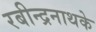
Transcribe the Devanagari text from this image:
रबीन्द्रनाथके